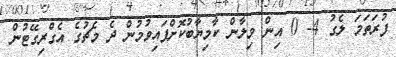
ފުރަތަމަ ލެގު 4- 0 އިން މިލާން ކާމިޔާބުކޮށްފައިވުމުން ދެ މެޗުގެ އެގްރިގޭޓުން